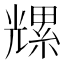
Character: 𫤡